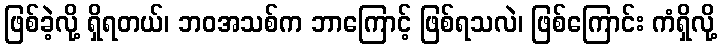
ဖြစ်ခဲ့လို့ ရှိရတယ်၊ ဘဝအသစ်က ဘာကြောင့် ဖြစ်ရသလဲ၊ ဖြစ်ကြောင်း ကံရှိလို့